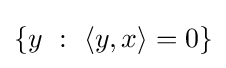
\{y~:~\langle y,x\rangle =0\}